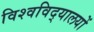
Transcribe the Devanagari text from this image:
विश्‍वविद्‌यालयों